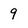
Character: 9